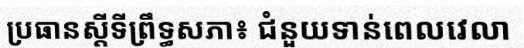
ប្រធានស្តីទីព្រឹទ្ធសភា៖ ជំនួយទាន់ពេលវេលា